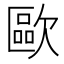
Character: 歐